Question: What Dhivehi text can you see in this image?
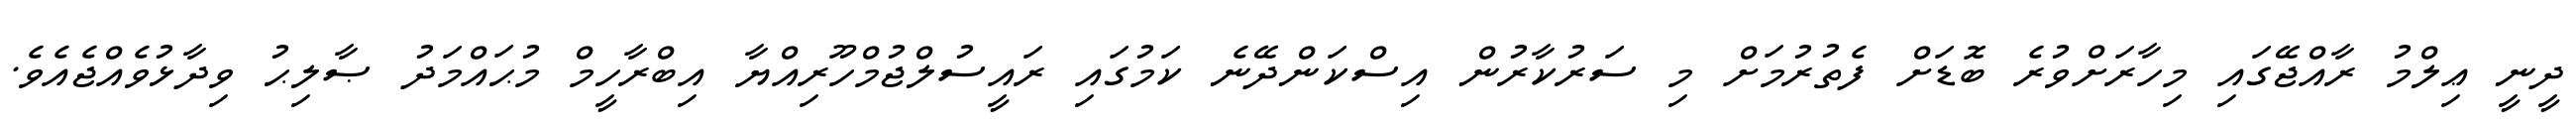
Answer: ދީނީ ޢިލްމު ރާއްޖޭގައި މިހާރަށްވުރެ ބޮޑަށް ފެތުރުމަށް މި ސަރުކާރުން އިސްކަންދޭނެ ކަމުގައި ރައީސުލްޖުމްހޫރިއްޔާ އިބްރާހީމް މުޙައްމަދު ޞާލިޙު ވިދާޅުވެއްޖެއެވެ.